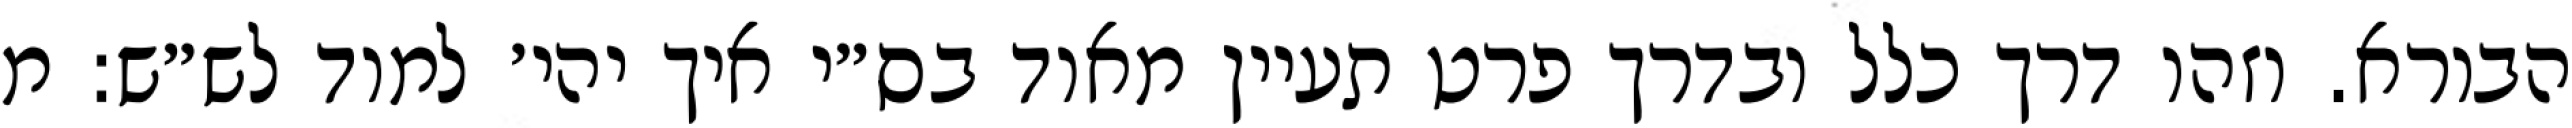
הבורא. וזהו דרך כלל ובדרך פרט תעיין מאוד בס״י איך יהי׳ למוד לש״ש: מ